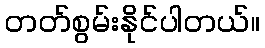
တတ်စွမ်းနိုင်ပါတယ်။